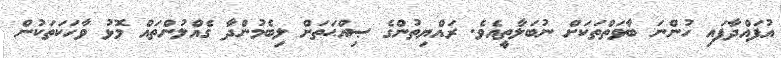
އުފައްދާފައި ހުންނަ ބާވަތްތަކަށް ނުބަލާތީއެވެ. ރައްޔިތުންގެ ޞިއްޙަތަށް ލިބެމުންދާ ގެއްލުންތައް މޮޅު ވާހަކަތަކުން